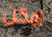
امكن